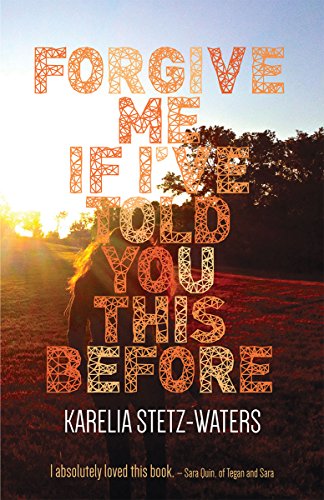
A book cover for Forgive Me If I've Told You This Before; Karelia Stetz-Waters; Teen & Young Adult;